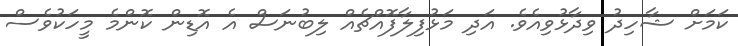
ކަމަށް ޝާހިދު ވިދާޅުވިއެވެ. އަދި މަޅުފިލާފޮއްޗެއް ލިބުނަސް އެ އޮޑިން ކޮންމެ މީހަކުވެސް